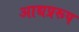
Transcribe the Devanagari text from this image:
आद्यप्ररूप